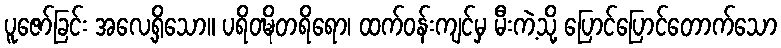
ပူဇော်ခြင်း အလေ့ရှိသော။ ပရိဝဍ္ဎိတရိရော၊ ထက်ဝန်းကျင်မှ မီးကဲ့သို့ ပြောင်ပြောင်တောက်သော